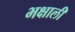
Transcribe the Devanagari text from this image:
भक्षाली